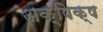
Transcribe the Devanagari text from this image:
अक्षिक्ष